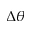
\Delta \theta